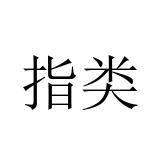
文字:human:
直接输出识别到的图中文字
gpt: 指类